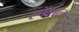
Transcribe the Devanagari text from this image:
स्पॅशल